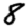
Digit: 8